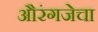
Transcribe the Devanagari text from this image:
औरंगजेचा